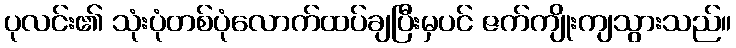
ပုလင်း၏ သုံးပုံတစ်ပုံလောက်ထပ်ချပြီးမှပင် ဇက်ကျိုးကျသွားသည်။